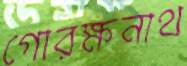
গোরক্ষনাথ